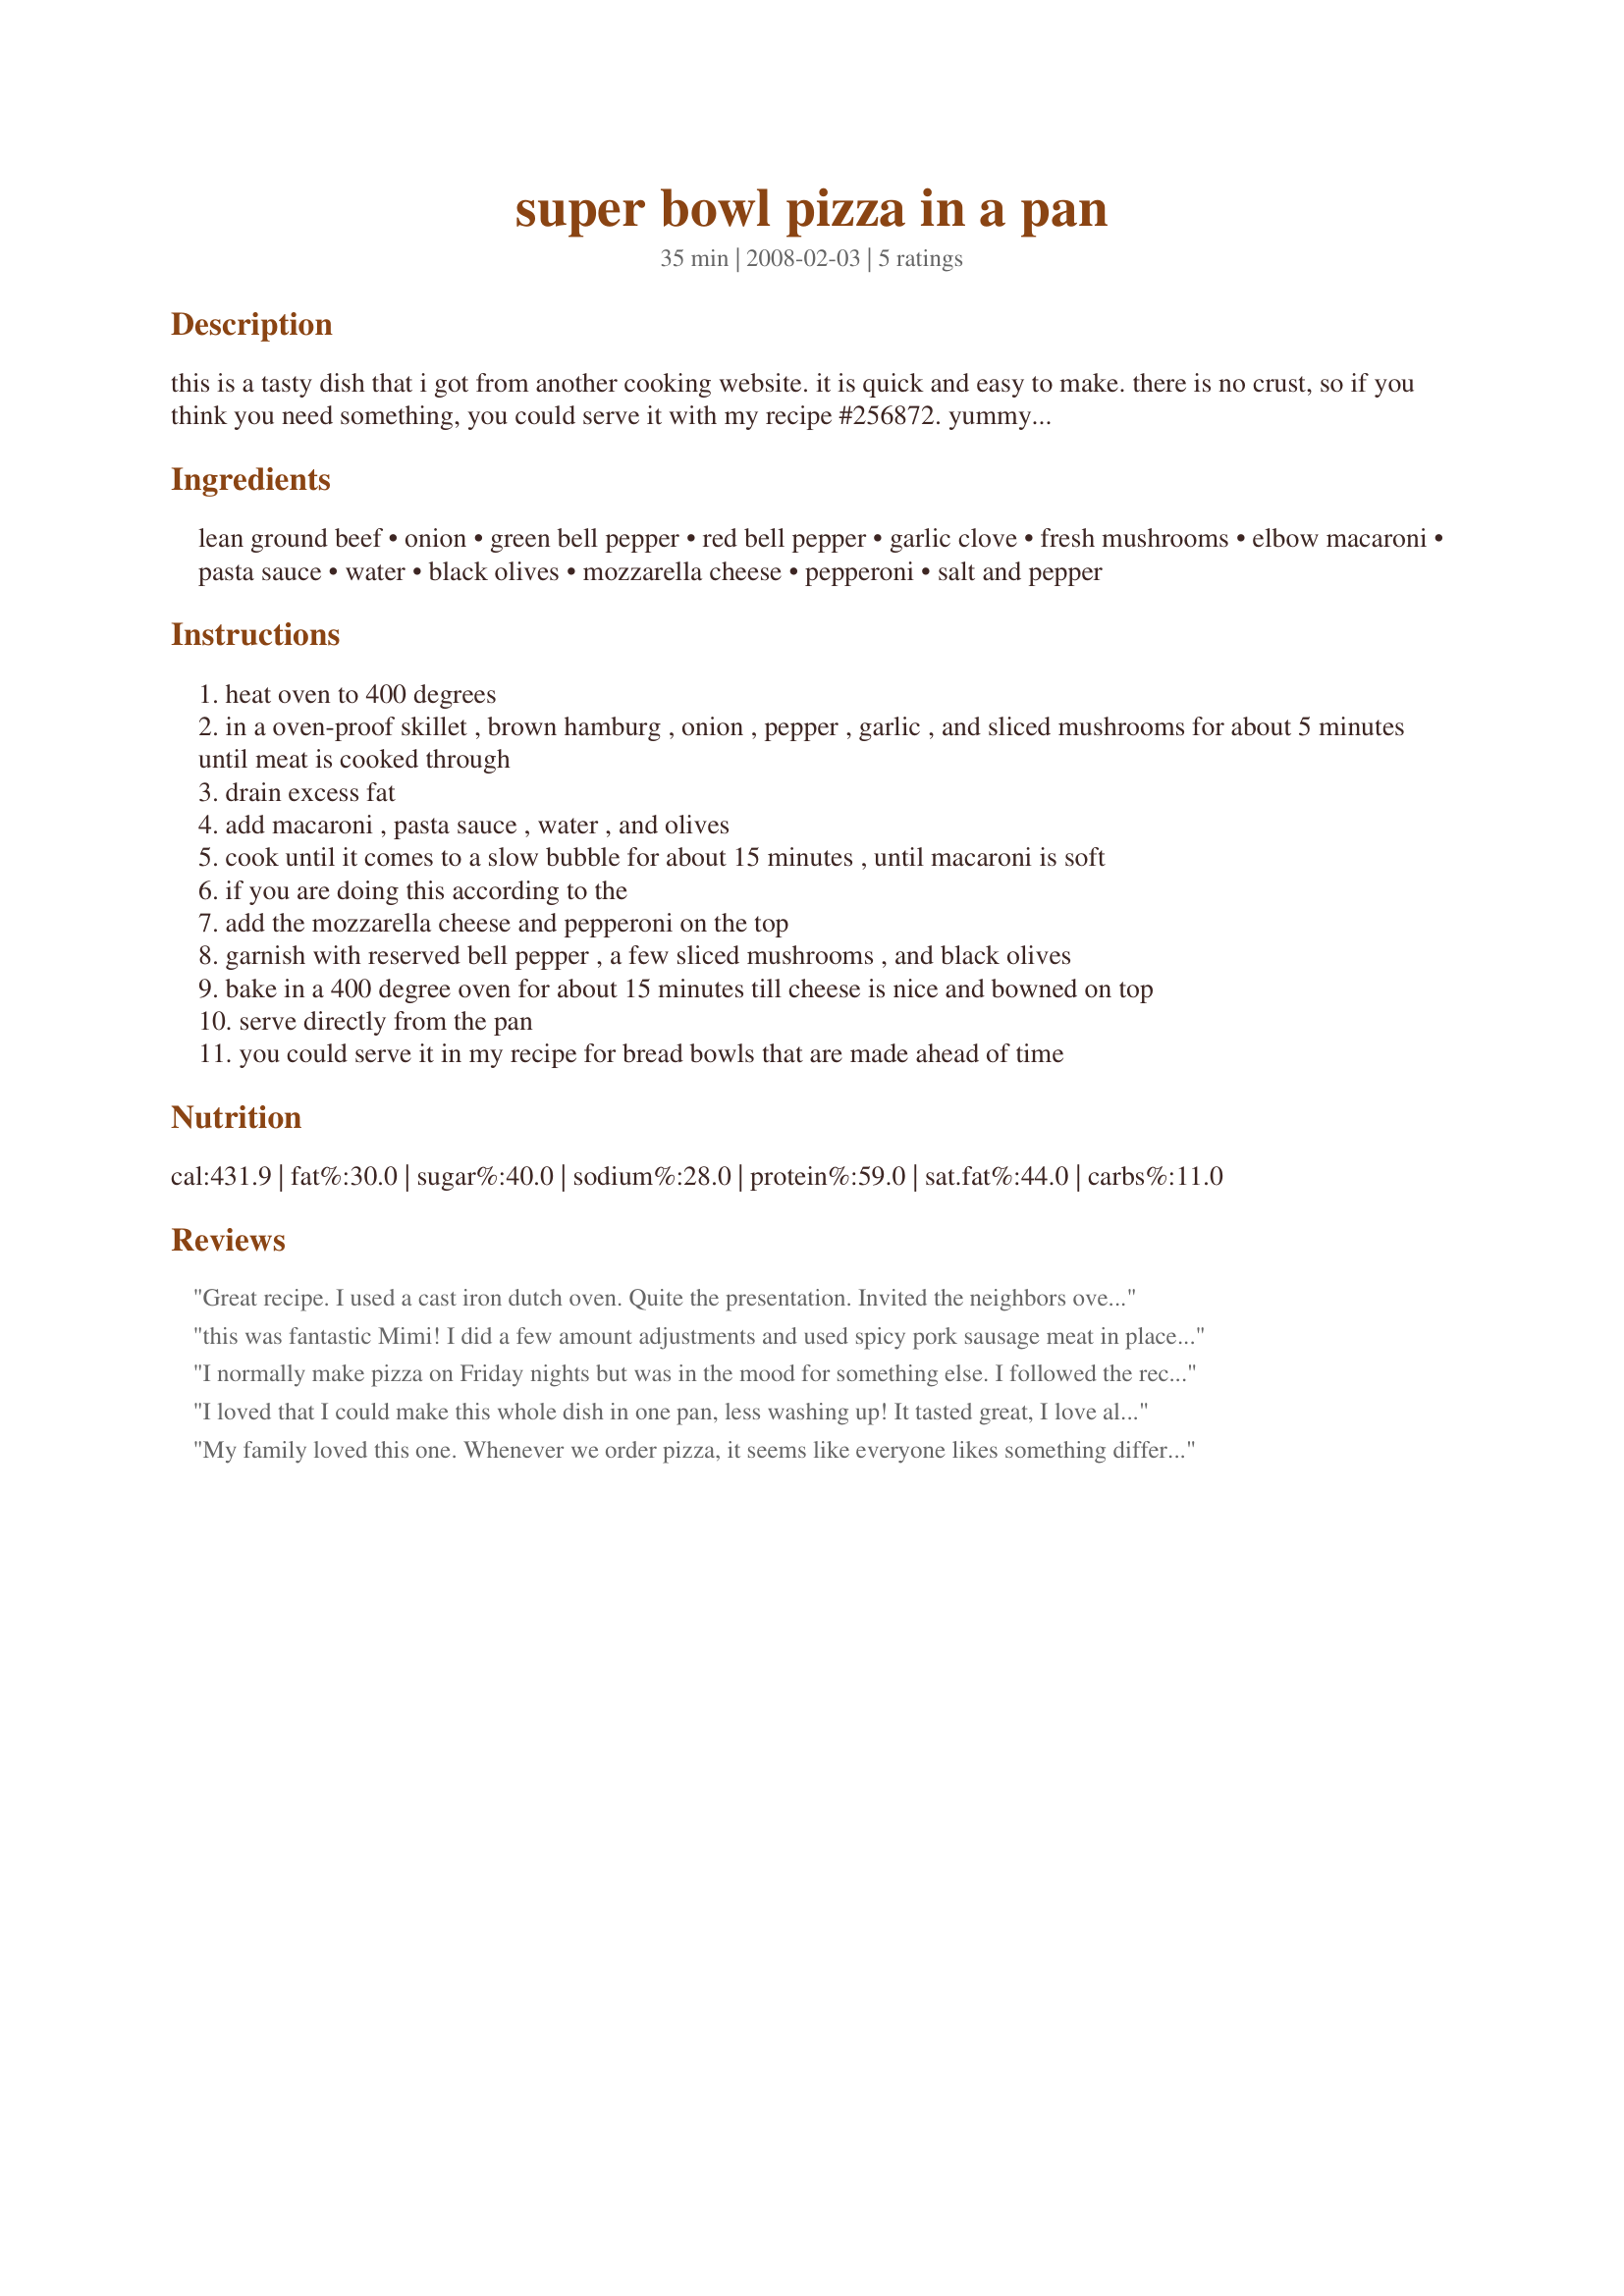
super bowl pizza in a pan
Preparation time: 35 minutes

this is a tasty dish that i got from another cooking website. it is quick and easy to make. there is no crust, so if you think you need something, you could serve it with my recipe #256872. yummy! it can be made ahead of time and the toppings put on before you bake it. if you do that, let it stand at room temperature for a little while. note: i sometimes do it all in a frying pan and then put it into a casserole dish and bake it and not use an oven-proof skillet. works well both ways.

Ingredients:
lean ground beef, onion, green bell pepper, red bell pepper, garlic clove, fresh mushrooms, elbow macaroni, pasta sauce, water, black olives, mozzarella cheese, pepperoni, salt and pepper

Steps:
heat oven to 400 degrees
in a oven-proof skillet , brown hamburg , onion , pepper , garlic , and sliced mushrooms for about 5 minutes until meat is cooked through
drain excess fat
add macaroni , pasta sauce , water , and olives
cook until it comes to a slow bubble for about 15 minutes , until macaroni is soft
if you are doing this according to the
add the mozzarella cheese and pepperoni on the top
garnish with reserved bell pepper , a few sliced mushrooms , and black olives
bake in a 400 degree oven for about 15 minutes till cheese is nice and bowned on top
serve directly from the pan
you could serve it in my recipe for bread bowls that are made ahead of time

Reviews:
Great recipe. I used a cast iron dutch oven. Quite the presentation. Invited the neighbors over and now they want the recipe. A definite keeper. Thanks.
this was fantastic Mimi! I did a few amount adjustments and used spicy pork sausage meat in place of the ground beef, everything cook wonderful right in the pan, thanks for sharing this great recipe Mimi!
I normally make pizza on Friday nights but was in the mood for something else. I followed the recipe except I didn't add the mushrooms or black olives because my children wouldn't have eaten it. We liked it but I think it could have used some spices. I also would cut back on the water next time and add more sauce instead.
I loved that I could make this whole dish in one pan, less washing up! It tasted great, I love all the toppings on my pizza, so this dish was perfect! The pasta made it filling and it was packed with flavour. It tasted fresh and not too rich. This has become a new favourite!
My family loved this one. Whenever we order pizza, it seems like everyone likes something different on their pizza. I like EVERYTHING on my pizza. For some reason my whole family liked this and ate all of the ingredients.
